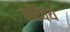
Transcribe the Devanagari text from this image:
परिचय